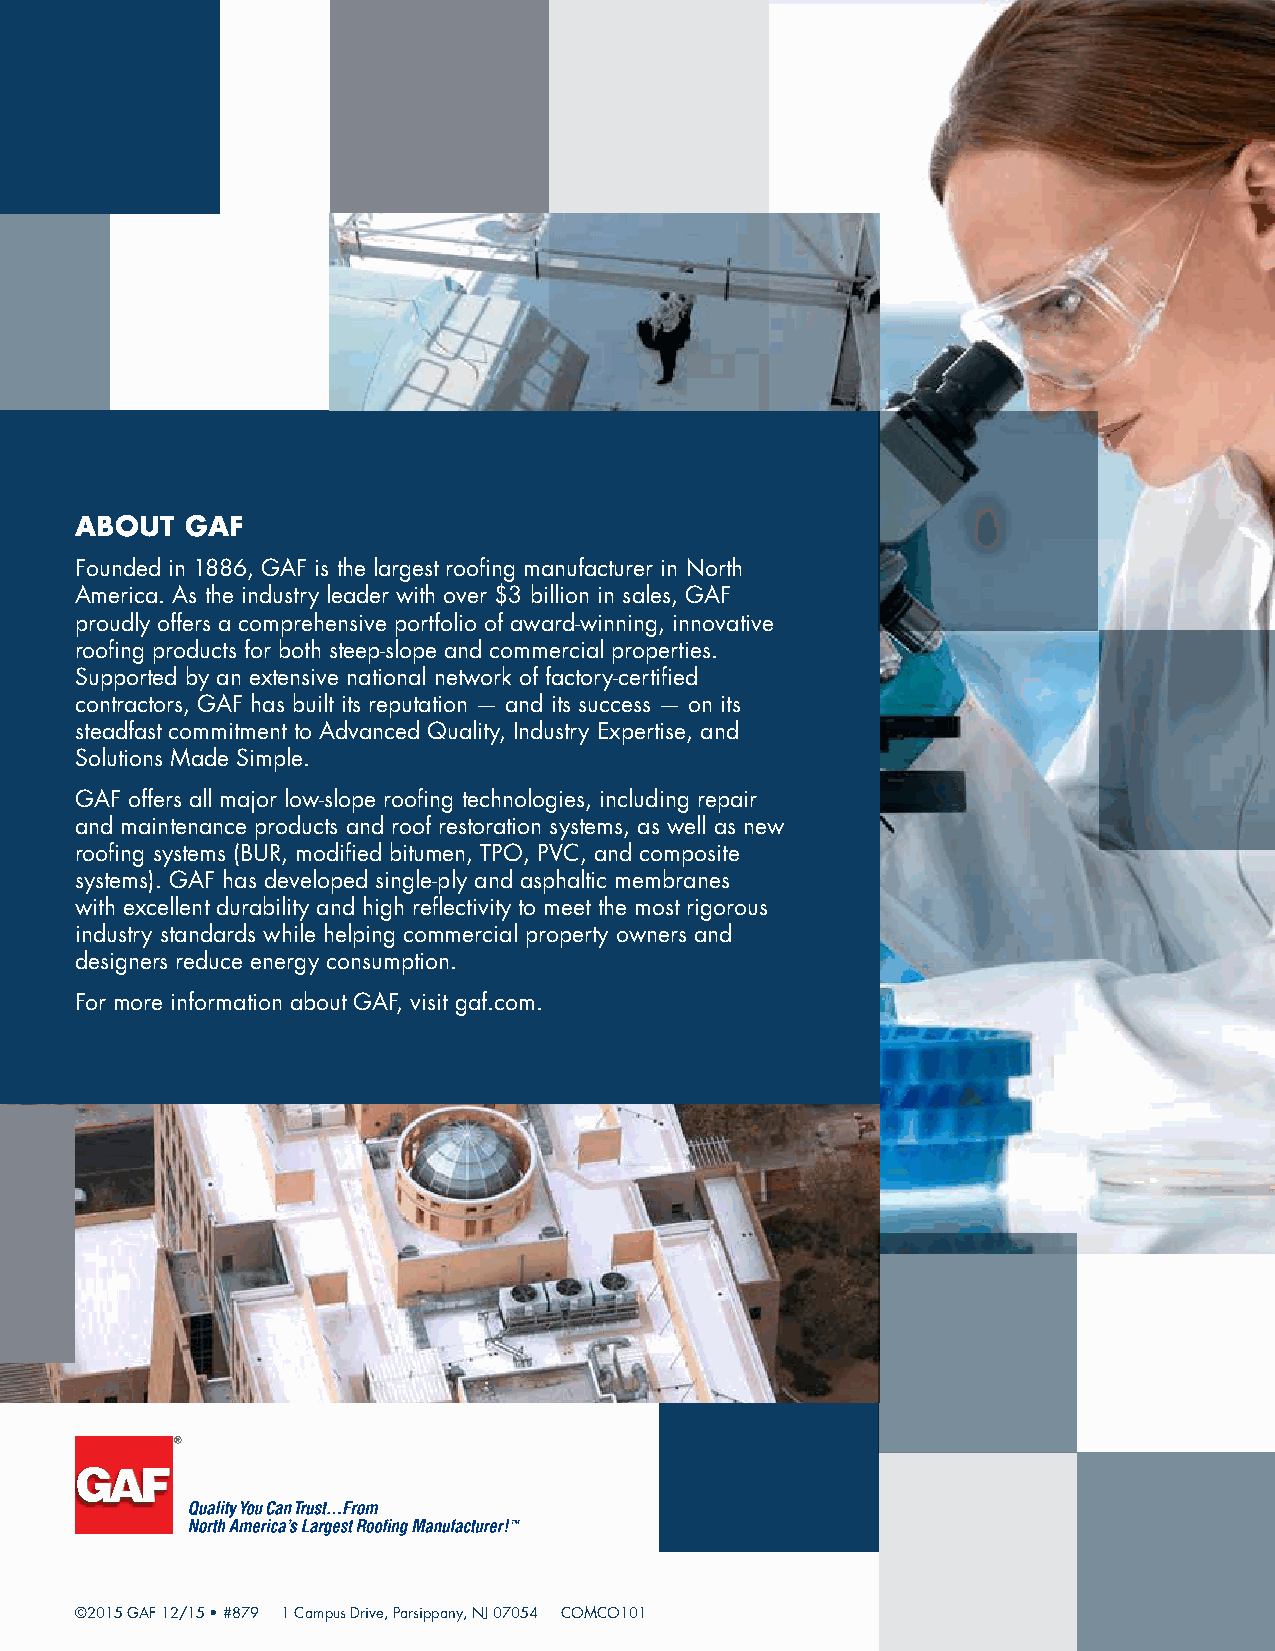
ABOUT  GAF
 Founded in 1886, GAF is the largest roofing manufacturer in North
 America. As the industry leader with over $3 billion in sales, GAF
 proudly offers a comprehensive portfolio of award-winning, innovative
 roofing products for both steep-slope and commercial properties.
 Supported by an extensive national network of factory-certified
 contractors, GAF has built its reputation — and its success — on its
 steadfast commitment to Advanced Quality, Industry Expertise, and
 Solutions Made Simple.
 GAF offers all major low-slope roofing technologies, including repair
 and maintenance products and roof restoration systems, as well as new
 roofing systems (BUR, modified bitumen, TPO, PVC, and composite
 systems). GAF has developed single-ply and asphaltic membranes
 with excellent durability and high reflectivity to meet the most rigorous
 industry standards while helping commercial property owners and
 designers reduce energy consumption.
 For more information about GAF, visit gaf.com.
 ©2015 GAF 12/15 • #879 1 Campus Drive, Parsippany, NJ 07054 COMCO101